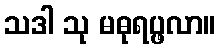
သဒါ သု မဓုရပ္ဖလာ။